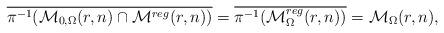
LaTeX: \begin{align*}\overline{\pi^{-1}(\mathcal{M}_{0,\Omega}(r,n)\cap\mathcal{M}^{reg}(r,n))}=\overline{\pi^{-1}(\mathcal{M}_{\Omega}^{reg}(r,n))}=\mathcal{M}_{\Omega}(r,n),\end{align*}